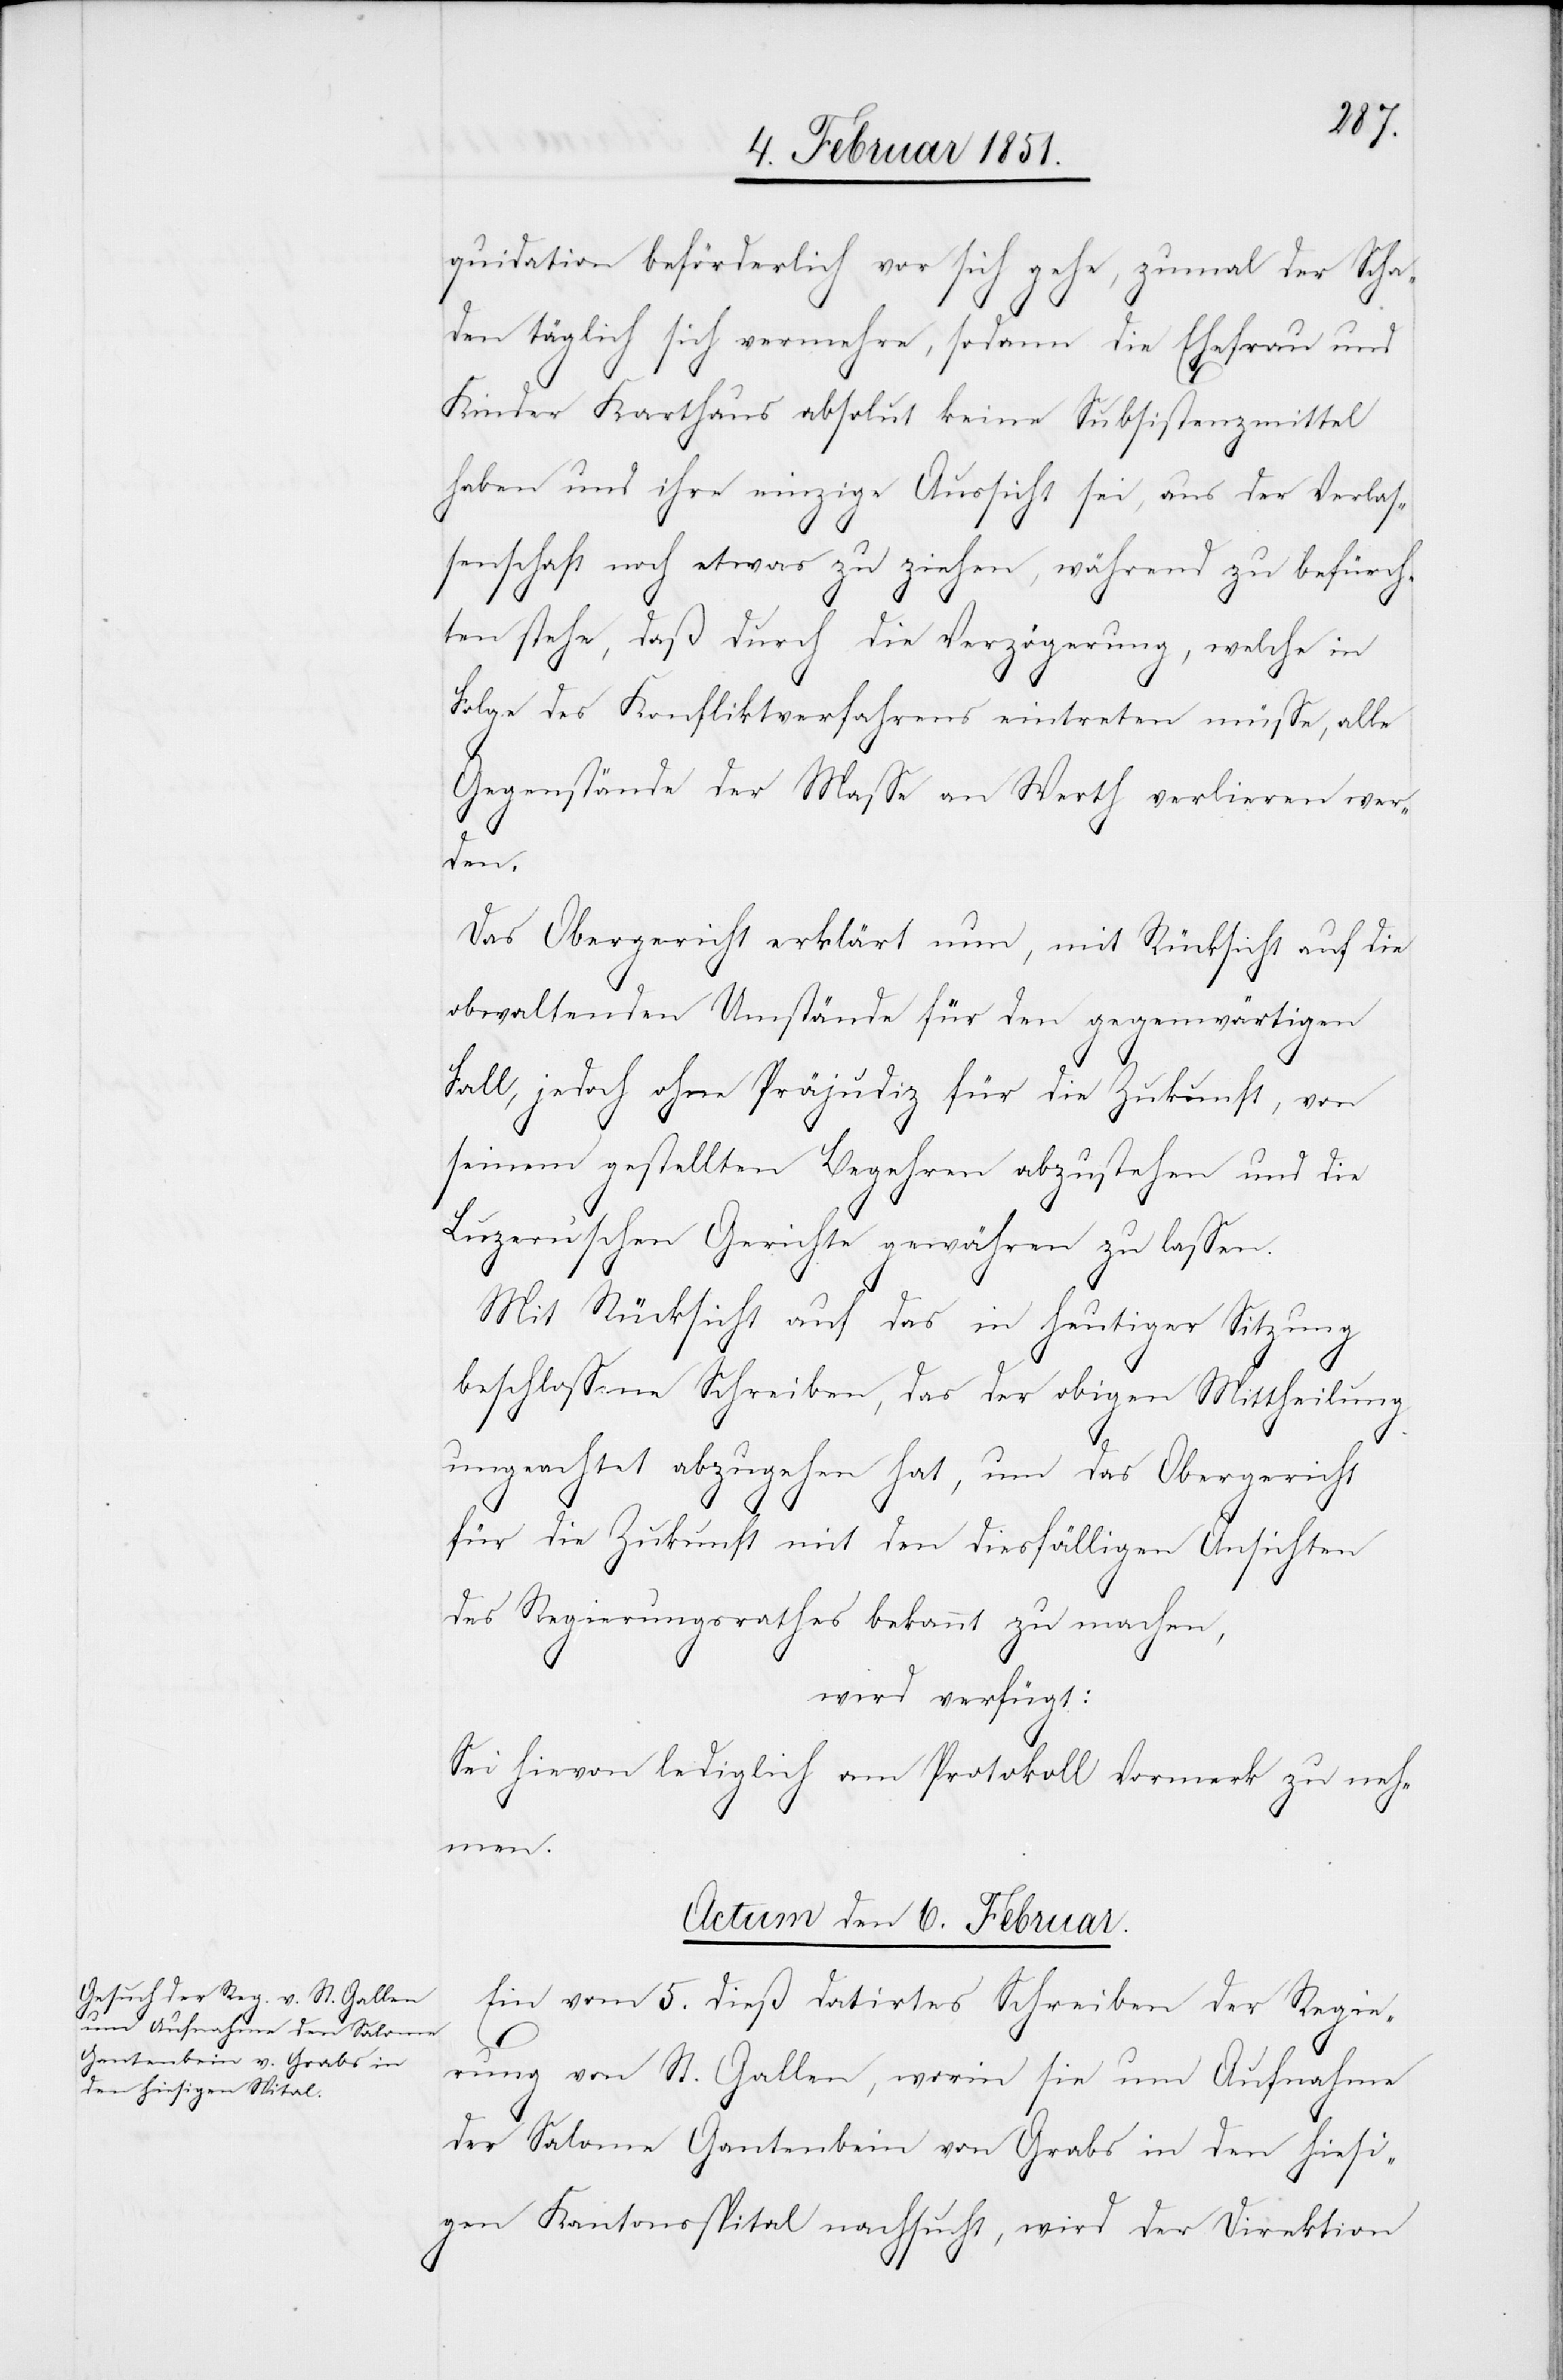
Gontenbein] von Grabs in

quidation beförderlich vor sich gehe, zumal der Scha¬
den täglich sich vermehre, sodann die Ehefrau und
Kinder Karthaus absolut keine Subsistenzmittel
haben und ihre einzige Aussicht sei, aus der Verlas¬
senschaft noch etwas zu ziehen, während zu befürch¬
ten stehe, daß durch die Verzögerung, welche in
Folge des Konfliktverfahrens eintreten müsse, alle
Gegenstände der Masse an Werth verlieren wer¬
si¬
Das Obergericht erklärt nun, mit Rücksicht auf die
obwaltenden Umstände für den gegenwärtigen
Fall, jedoch ohne Präjudiz für die Zukunft, von
seinem gestellten Begehren abzustehen und die
Luzern’schen Gerichte gewähren zu lassen.
Mit Rücksicht auf das in heutiger Sitzung
beschlossene Schreiben, das der obigen Mittheilung
ungeachtet abzugehen hat, um das Obergericht
für die Zukunft mit den diesfälligen Ansichten
des Regierungsrathes bekannt zu machen,
wird verfügt:
Sei hievon lediglich am Protokoll Vormerk zu neh¬
men.
Actum den 6. Februar.
Ein vom 5. dieß datirtes Schreiben der Regie¬
rung von St. Gallen, worin sie um Aufnahme
gen Kantonsspital nachsucht, wird der Direktion